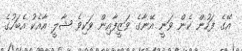
އޭގެ ފަހުން ކެން ވަނީ އޭނާގެ ވަޒީފާއިން ވަކިވެ ޝާލީ އާއެކު އެބަހުގެ